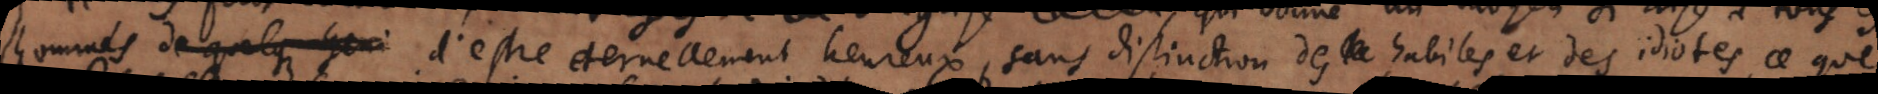
hommes de quelques Geni d’estre eternellement heureux sans distinction des habiles et des idiotes, ce que